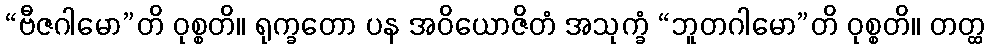
“ဗီဇဂါမော”တိ ဝုစ္စတိ။ ရုက္ခတော ပန အဝိယောဇိတံ အသုက္ခံ “ဘူတဂါမော”တိ ဝုစ္စတိ။ တတ္ထ